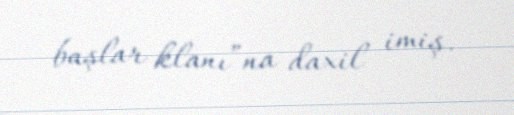
başlar klanı”na daxil imiş.